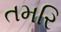
તમરિ